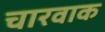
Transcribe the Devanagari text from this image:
चारवाक